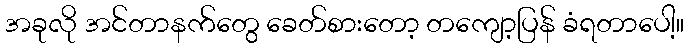
အခုလို အင်တာနက်တွေ ခေတ်စားတော့ တကျော့ပြန် ခံရတာပေါ့။